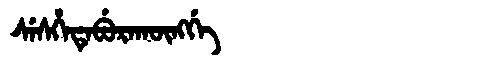
Manchu: ᠰᡝᠰᡥᡝᡨᡝᠪᡠᡵᠠᡴᡡᠩᡤᡝ
Romanization: SESHETEBURAKŪNGGE